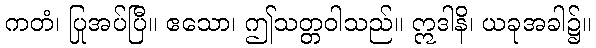
ကတံ၊ ပြုအပ်ပြီ။ ဧသော၊ ဤသတ္တဝါသည်။ ဣဒါနိ၊ ယခုအခါ၌။